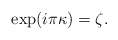
\begin{align*}\exp (i\pi \kappa) = \zeta.\end{align*}